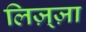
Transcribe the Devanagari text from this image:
लिज़्ज़ा